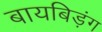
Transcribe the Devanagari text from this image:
बायबिड़ंग